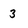
Character: 3